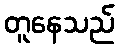
တူနေသည်